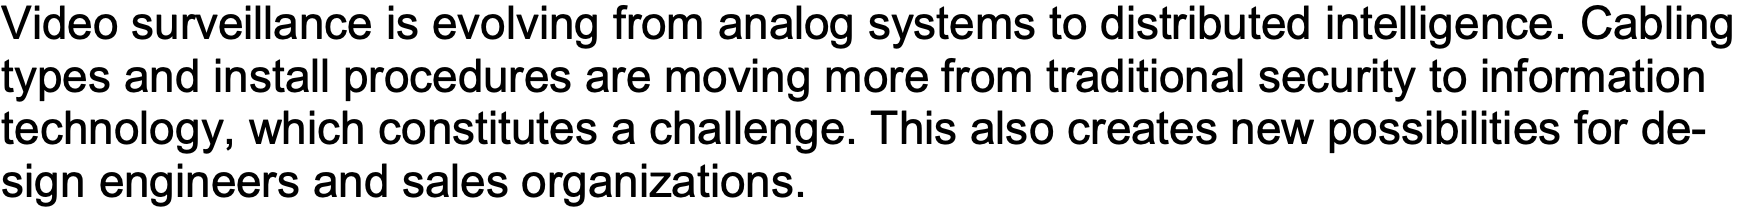
Video surveillance is evolving from analog systems to distributed intelligence. Cabling types and install procedures are moving more from traditional security to information technology, which constitutes a challenge. This also creates new possibilities for de- sign engineers and sales organizations.